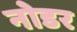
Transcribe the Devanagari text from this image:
नोडर